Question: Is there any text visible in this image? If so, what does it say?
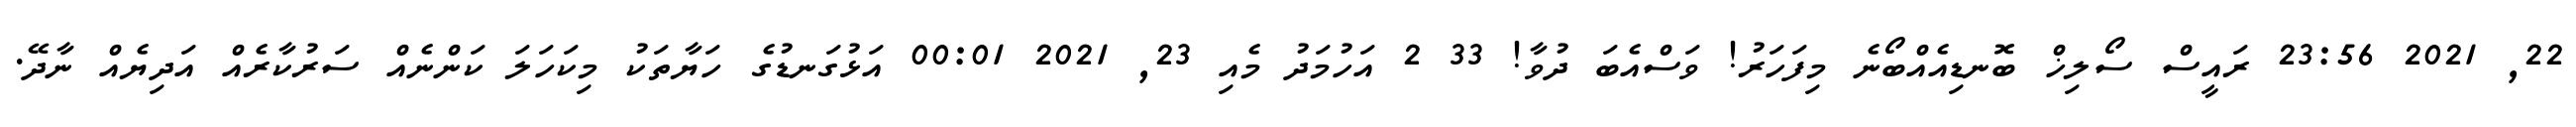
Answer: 22, 2021 23:56 ރައީސް ސޯލިޚް ބޮނޑިއެއްބޯނެ މިފަހަރު! ވަސްއެބަ ދުވާ! 33 2 އަހުމަދު މެއި 23, 2021 00:01 އަޅުގަނޑުގެ ހަޔާތަކު މިކަހަލަ ކަންނެއް ސަރުކާރެއް އަދިޔެއް ނާދޭ.